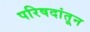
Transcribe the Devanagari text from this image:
परिषदांतून